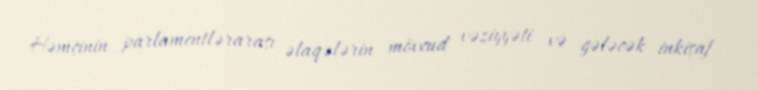
Həmçinin parlamentlərarası əlaqələrin mövcud vəziyyəti və gələcək inkişaf